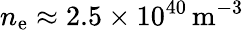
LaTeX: n_{\mathrm{e}}\approx 2.5\times 10^{40}\, \mathrm{m}^{-3}